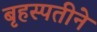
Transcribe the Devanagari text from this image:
बृहस्पतीने